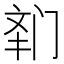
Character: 𲈾